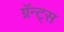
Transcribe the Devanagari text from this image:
ग्रॅन्ट्स